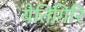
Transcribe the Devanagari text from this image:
येतिगिरि